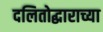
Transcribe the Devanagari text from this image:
दलितोद्धाराच्या